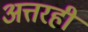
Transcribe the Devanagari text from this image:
अत्तरही